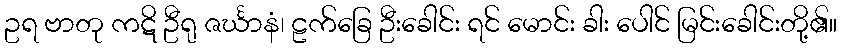
ဥရ ဗာတု ကဋိ ဦရု ဇင်္ဃာနံ၊ ဠက်ခြေ ဦးခေါင်း ရင် မောင်း ခါး ပေါင် မြင်းခေါင်းတို့၏။